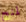
لمنح